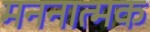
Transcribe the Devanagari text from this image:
मननात्मक